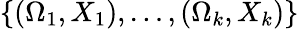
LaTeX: \{ (\Omega_{1},X_{1}),\ldots,(\Omega_{k},X_{k})\}